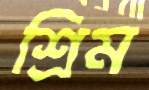
শ্রিম